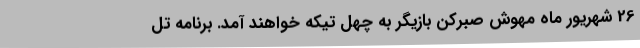
26 شهریور ماه مهوش صبرکن بازیگر به چهل تیکه خواهند آمد. برنامه تل